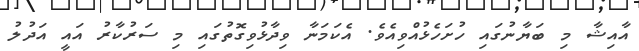
އާއިޝާ މި ބަޔާނުގައި ހުށަހެޅުއްވިއެވެ. އެކަމަނާ ވިދާޅުވިގޮތުގައި މި ސަރުކާރު އައީ އަދުލު